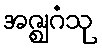
အဇ္ဈဂံသု